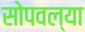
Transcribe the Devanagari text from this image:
सोपवल्या